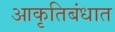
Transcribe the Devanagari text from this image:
आकृतिबंधात